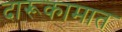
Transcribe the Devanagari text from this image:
दारूकामात